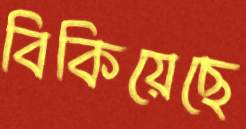
বিকিয়েছে